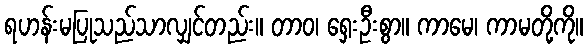
ရဟန်းမပြုသည်သာလျှင်တည်း။ တာဝ၊ ရှေးဦးစွာ။ ကာမေ၊ ကာမတို့ကို။